Scottish Leaving Certificate Examination, 1960
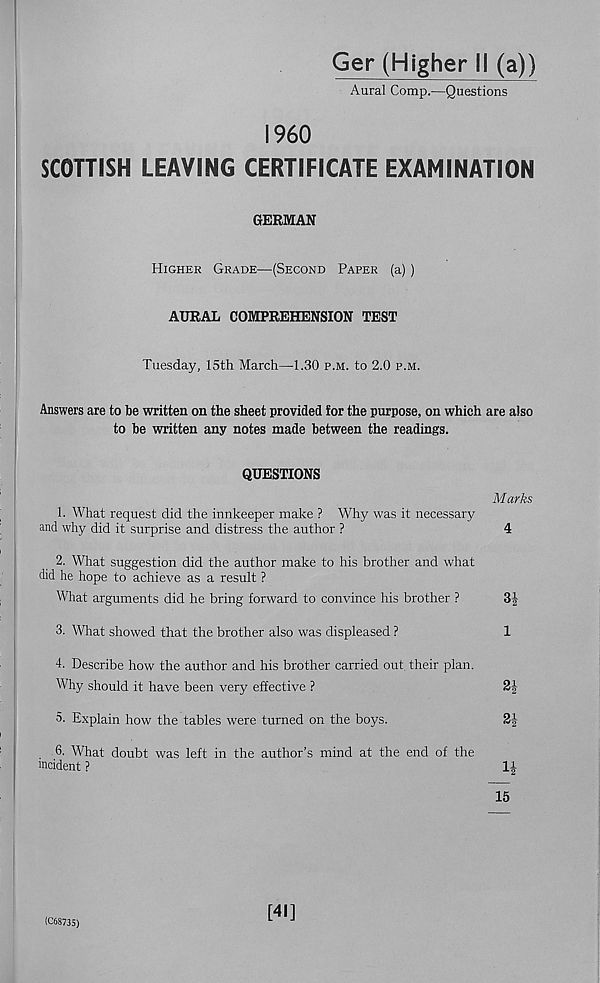
I960
SCOTTISH LEAVING CERTIFICATE EXAMINATION
GERMAN
Higher Grade—(Second Paper (a) )
AURAL COMPREHENSION TEST
Tuesday, 15th March—1.30 p.m. to 2.0 p.m.
Answers are to be written on the sheet provided for the purpose, on which are also
to be written any notes made between the readings.
QUESTIONS
Marks
1. What request did the innkeeper make ? Why was it necessary
and why did it surprise and distress the author ?
4
2. What suggestion did the author make to his brother and what
did he hope to achieve as a result ?
What arguments did he bring forward to convince his brother ?
3|
3. What showed that the brother also was displeased ?
1
4. Describe how the author and his brother carried out. their plan.
Why should it have been very effective ?
2J
5. Explain how the tables were turned on the boys.
2i
6. What doubt was left in the author’s mind at the end of the
incident ?
1J
15
(C68735)
[41]